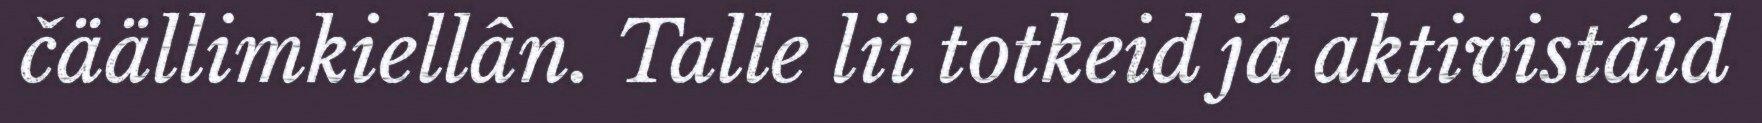
čäällimkiellân. Talle lii totkeid já aktivistáid